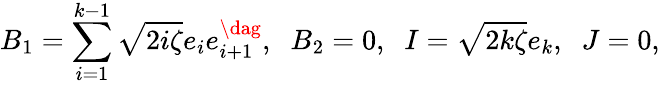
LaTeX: B_{1}=\sum_{i=1}^{k-1}\sqrt{2i\zeta}e_{i}e_{i+1}^{\dag},\; \; B_{2}=0,\; \; I=\sqrt{2k\zeta}e_{k},\; \; J=0,